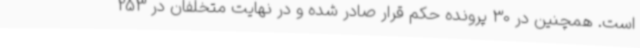
است. همچنین در 30 پرونده حکم قرار صادر شده و در نهایت متخلفان در 253